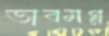
ভাবমগ্ন